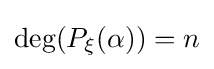
\deg(P_{\xi }(\alpha ))=n